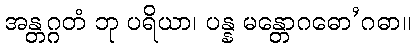
အန္တဂ္ဂတံ ဘု ပရိယာ၊ ပန္န မန္တောဂဓော’ဂဓာ။